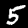
Label: 5